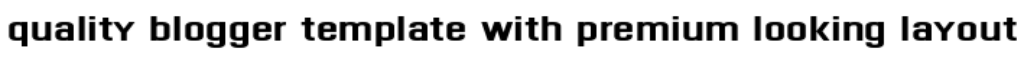
quality blogger template with premium looking layout